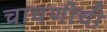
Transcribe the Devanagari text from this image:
चाचणीची